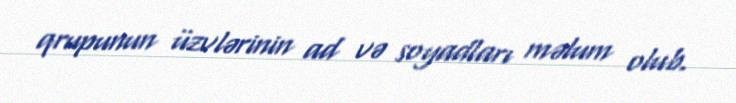
qrupunun üzvlərinin ad və soyadları məlum olub.